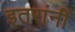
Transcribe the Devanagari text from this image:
इतरांनीं